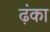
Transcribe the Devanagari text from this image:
ढ़ंका